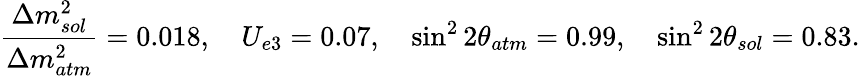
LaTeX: {\frac{\Delta m_{sol}^{2}}{\Delta m_{atm}^{2}}}=0.018,\quad U_{e3}=0.07,\quad\sin^{2}2\theta_{atm}=0.99,\quad\sin^{2}2\theta_{sol}=0.83.